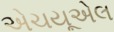
એચયૂએલ